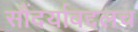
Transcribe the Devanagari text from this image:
सौंदर्याबद्दलच